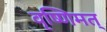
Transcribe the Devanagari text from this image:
वृष्णिमत्